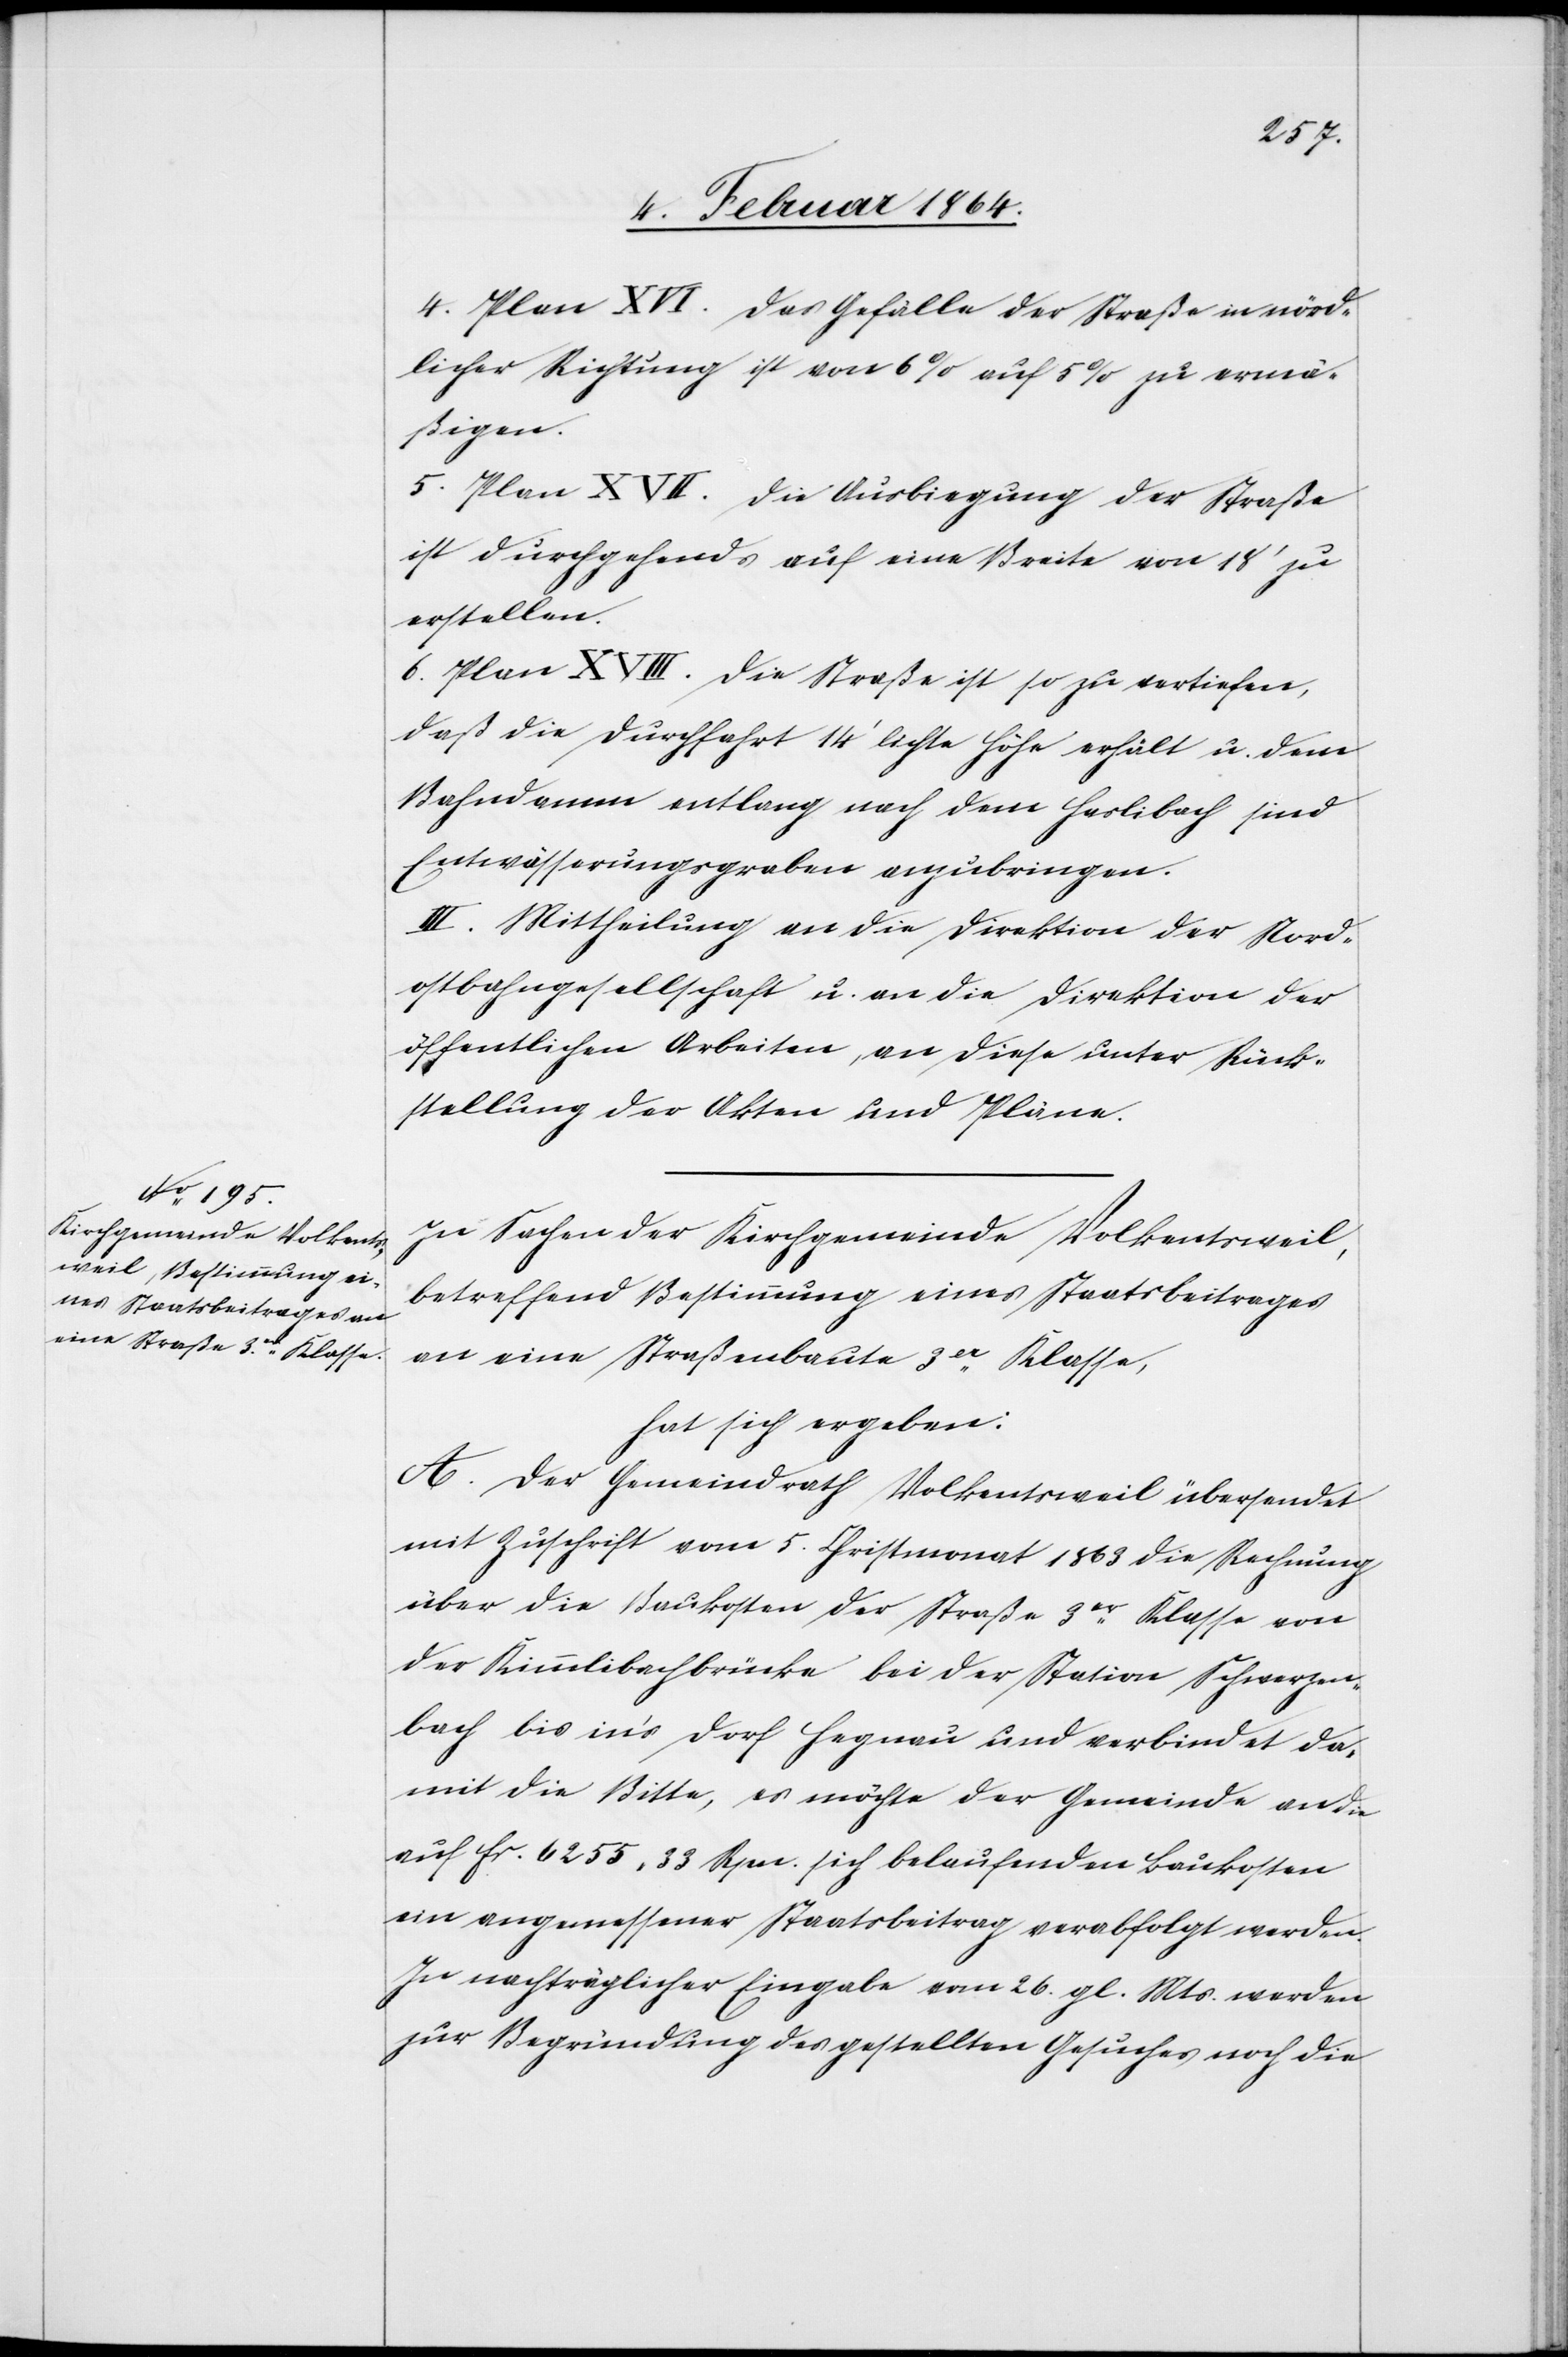
4. Plan XVI. Das Gefälle der Straße in nörd¬
licher Richtung ist von 6% auf 5% zu ermä¬
ßigen.
5. Plan XVII. Die Ausbiegung der Straße
ist durchgehend auf eine Breite von 18’ zu
erstellen.
6. Plan XVIII. Die Straße ist so zu vertiefen,
daß die Durchfahrt 14’ lichte Höhe erhält u. dem
Bahndamm entlang nach dem Haslibach sind
Entwässerungsgraben anzubringen.
III. Mittheilung an die Direktion der Nord¬
ostbahngesellschaft u. an die Direktion der
öffentlichen Arbeiten, an diese unter Rück¬
stellung der Akten und Pläne.
In Sachen der Kirchgemeinde Volkentsweil,
betreffend Bestimmung eines Staatsbeitrages
an eine Straßenbaute 3er Klasse,
hat sich ergeben:
A. Der Gemeindrath Volkentsweil übersendet
mit Zuschrift vom 5. Christmonat 1863 die Rechnung
über die Baukosten der Straße 3er Klasse von
der Kimmlibachbrücke bei der Station Schwerzen¬
bach bis in’s Dorf Hagnau und verbindet da¬
mit die Bitte, es möchte der Gemeinde an die
auf fr. 6255 33 Rpn. sich belaufenden Baukosten
ein angemessener Staatsbeitrag verabfolgt werden.
In nachträglicher Eingabe vom 26. gl. Mts. werden
zur Begründung des gestellten Gesuches noch die